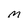
Character: M